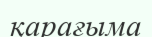
қарағыма